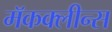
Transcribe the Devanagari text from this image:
मॅकक्लीन्स